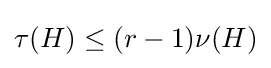
\tau (H)\leq (r-1)\nu (H)